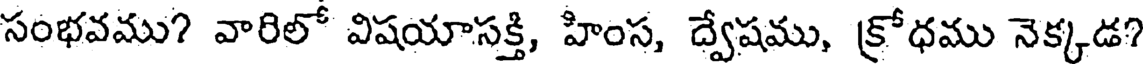
సంభవము? వారిలో విషయాసక్తి, హింస, ద్వేషము, క్రోధము నెక్కడ?